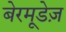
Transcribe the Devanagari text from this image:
बेरमूडेज़